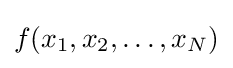
f(x_{1},x_{2},\ldots ,x_{N})